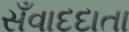
સઁવાદદાતા